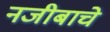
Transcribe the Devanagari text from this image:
नजीबाचे